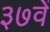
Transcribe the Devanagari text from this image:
३७वें